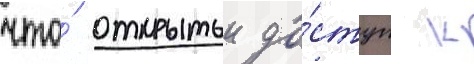
что́ открытыи до́ступ к